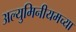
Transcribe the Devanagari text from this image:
अल्युमिनीयमच्या